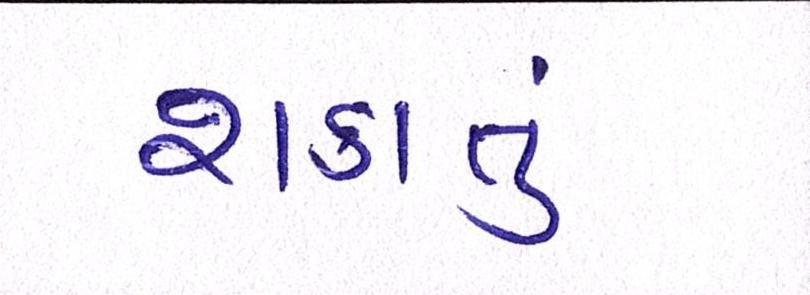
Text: શકાતું